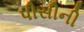
પીસીની